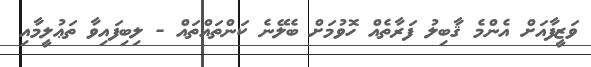
ވަޒީފާއަށް އެންމެ ޤާބިލު ފަރާތެއް ހޮވުމަށް ބެލޭނެ ކަންތައްތައް - ލިބިފައިވާ ތަޢުލީމާއި